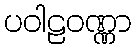
ပဝါဠဝဏ္ဏာ